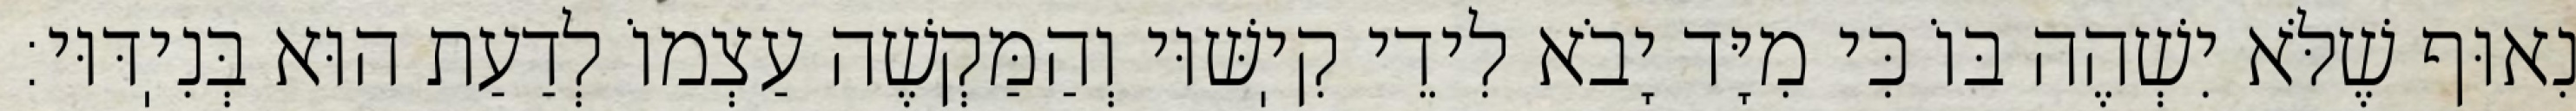
נִאוּף שֶׁלֹּא יִשְׁהֶה בּוֹ כִּי מִיָּד יָבֹא לִידֵי קִיֽשּׁוּי וְהַמַּקְשֶׁה עַצְמוֹ לְדַעַת הוּא בְּנִיֽדּוּי: